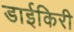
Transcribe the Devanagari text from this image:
डाईकिरी